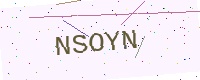
Text: NSOYN